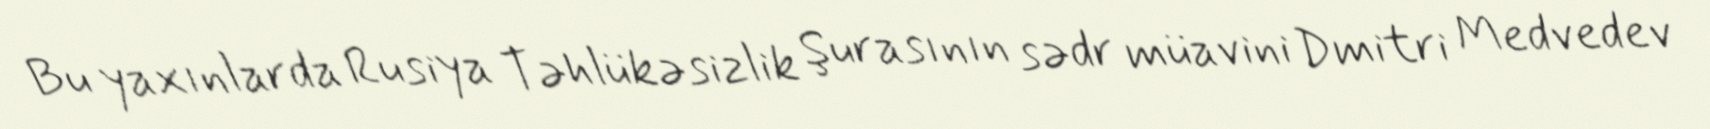
Bu yaxınlarda Rusiya Təhlükəsizlik Şurasının sədr müavini Dmitri Medvedev